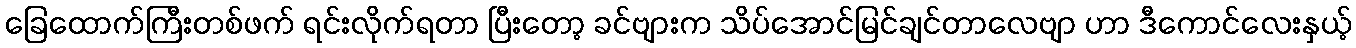
ခြေထောက်ကြီးတစ်ဖက် ရင်းလိုက်ရတာ ပြီးတော့ ခင်ဗျားက သိပ်အောင်မြင်ချင်တာလေဗျာ ဟာ ဒီကောင်လေးနှယ့်